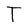
Character: T